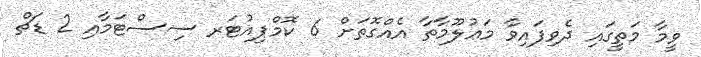
ވީމާ މަތީގައި ދެވިފައިވާ މަޢުލޫމާތާ އެއްގޮތަށް 6 ކޮމްޕިއުޓަރ ސިސްޓަމާއި 2 ޑަޗް